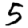
Digit: 5